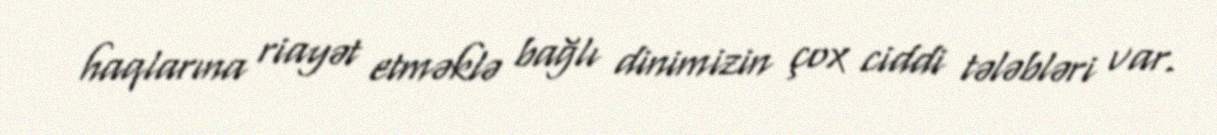
haqlarına riayət etməklə bağlı dinimizin çox ciddi tələbləri var.